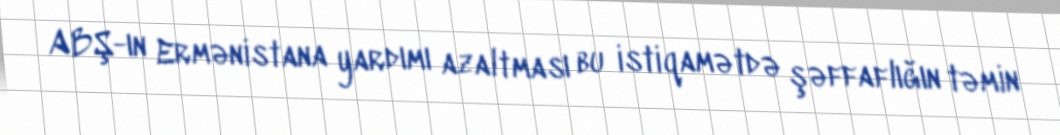
ABŞ-ın Ermənistana yardımı azaltması bu istiqamətdə şəffaflığın təmin